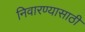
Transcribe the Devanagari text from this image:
निवारण्यासाठी